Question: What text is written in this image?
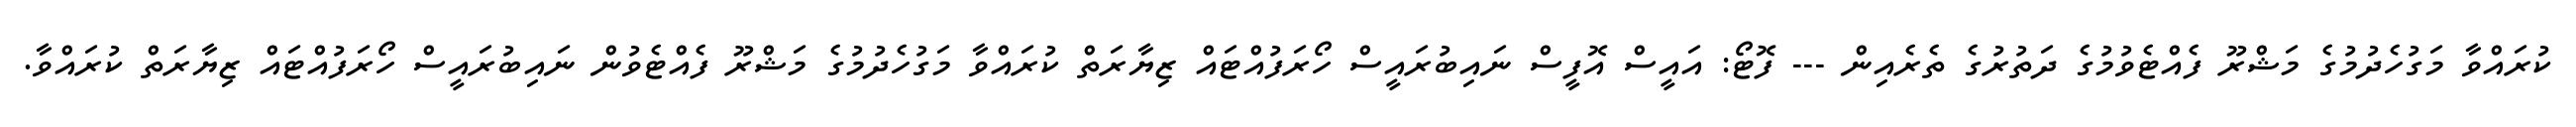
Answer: ކުރައްވާ މަގުހެދުމުގެ މަޝްރޫ ފެއްޓެވުމުގެ ދަތުރުގެ ތެރެއިން --- ފޮޓޯ: އައީސް އޮފީސް ނައިބުރައީސް ހޯރަފުއްޓައް ޒިޔާރަތް ކުރައްވާ މަގުހެދުމުގެ މަޝްރޫ ފެއްޓެވުން ނައިބުރައީސް ހޯރަފުއްޓައް ޒިޔާރަތް ކުރައްވާ.